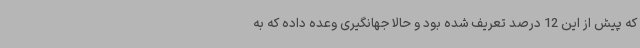
که پیش از این 12 درصد تعریف شده بود و حالا جهانگیری وعده داده که به